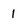
Character: 1